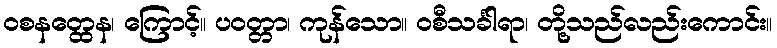
ဝစနတ္ထေန၊ ကြောင့်။ ပဝတ္တာ၊ ကုန်သော။ ဝစီသင်္ခါရာ၊ တို့သည်လည်းကောင်း။